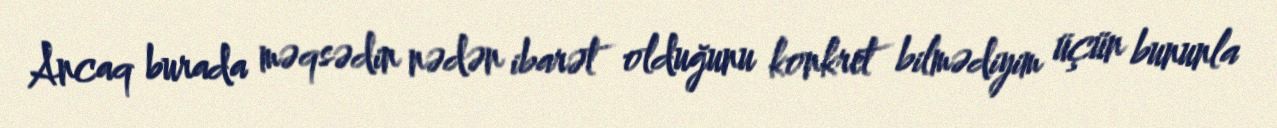
Ancaq burada məqsədin nədən ibarət olduğunu konkret bilmədiyim üçün bununla